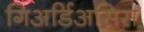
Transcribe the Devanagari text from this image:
गिअर्डिअसिस